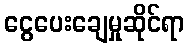
ငွေပေးချေမှုဆိုင်ရာ